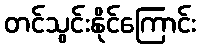
တင်သွင်းနိုင်ကြောင်း